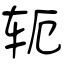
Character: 轭